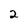
Character: 2